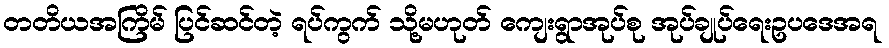
တတိယအကြိမ် ပြင်ဆင်တဲ့ ရပ်ကွက် သို့မဟုတ် ကျေးရွာအုပ်စု အုပ်ချုပ်ရေးဥပဒေအရ